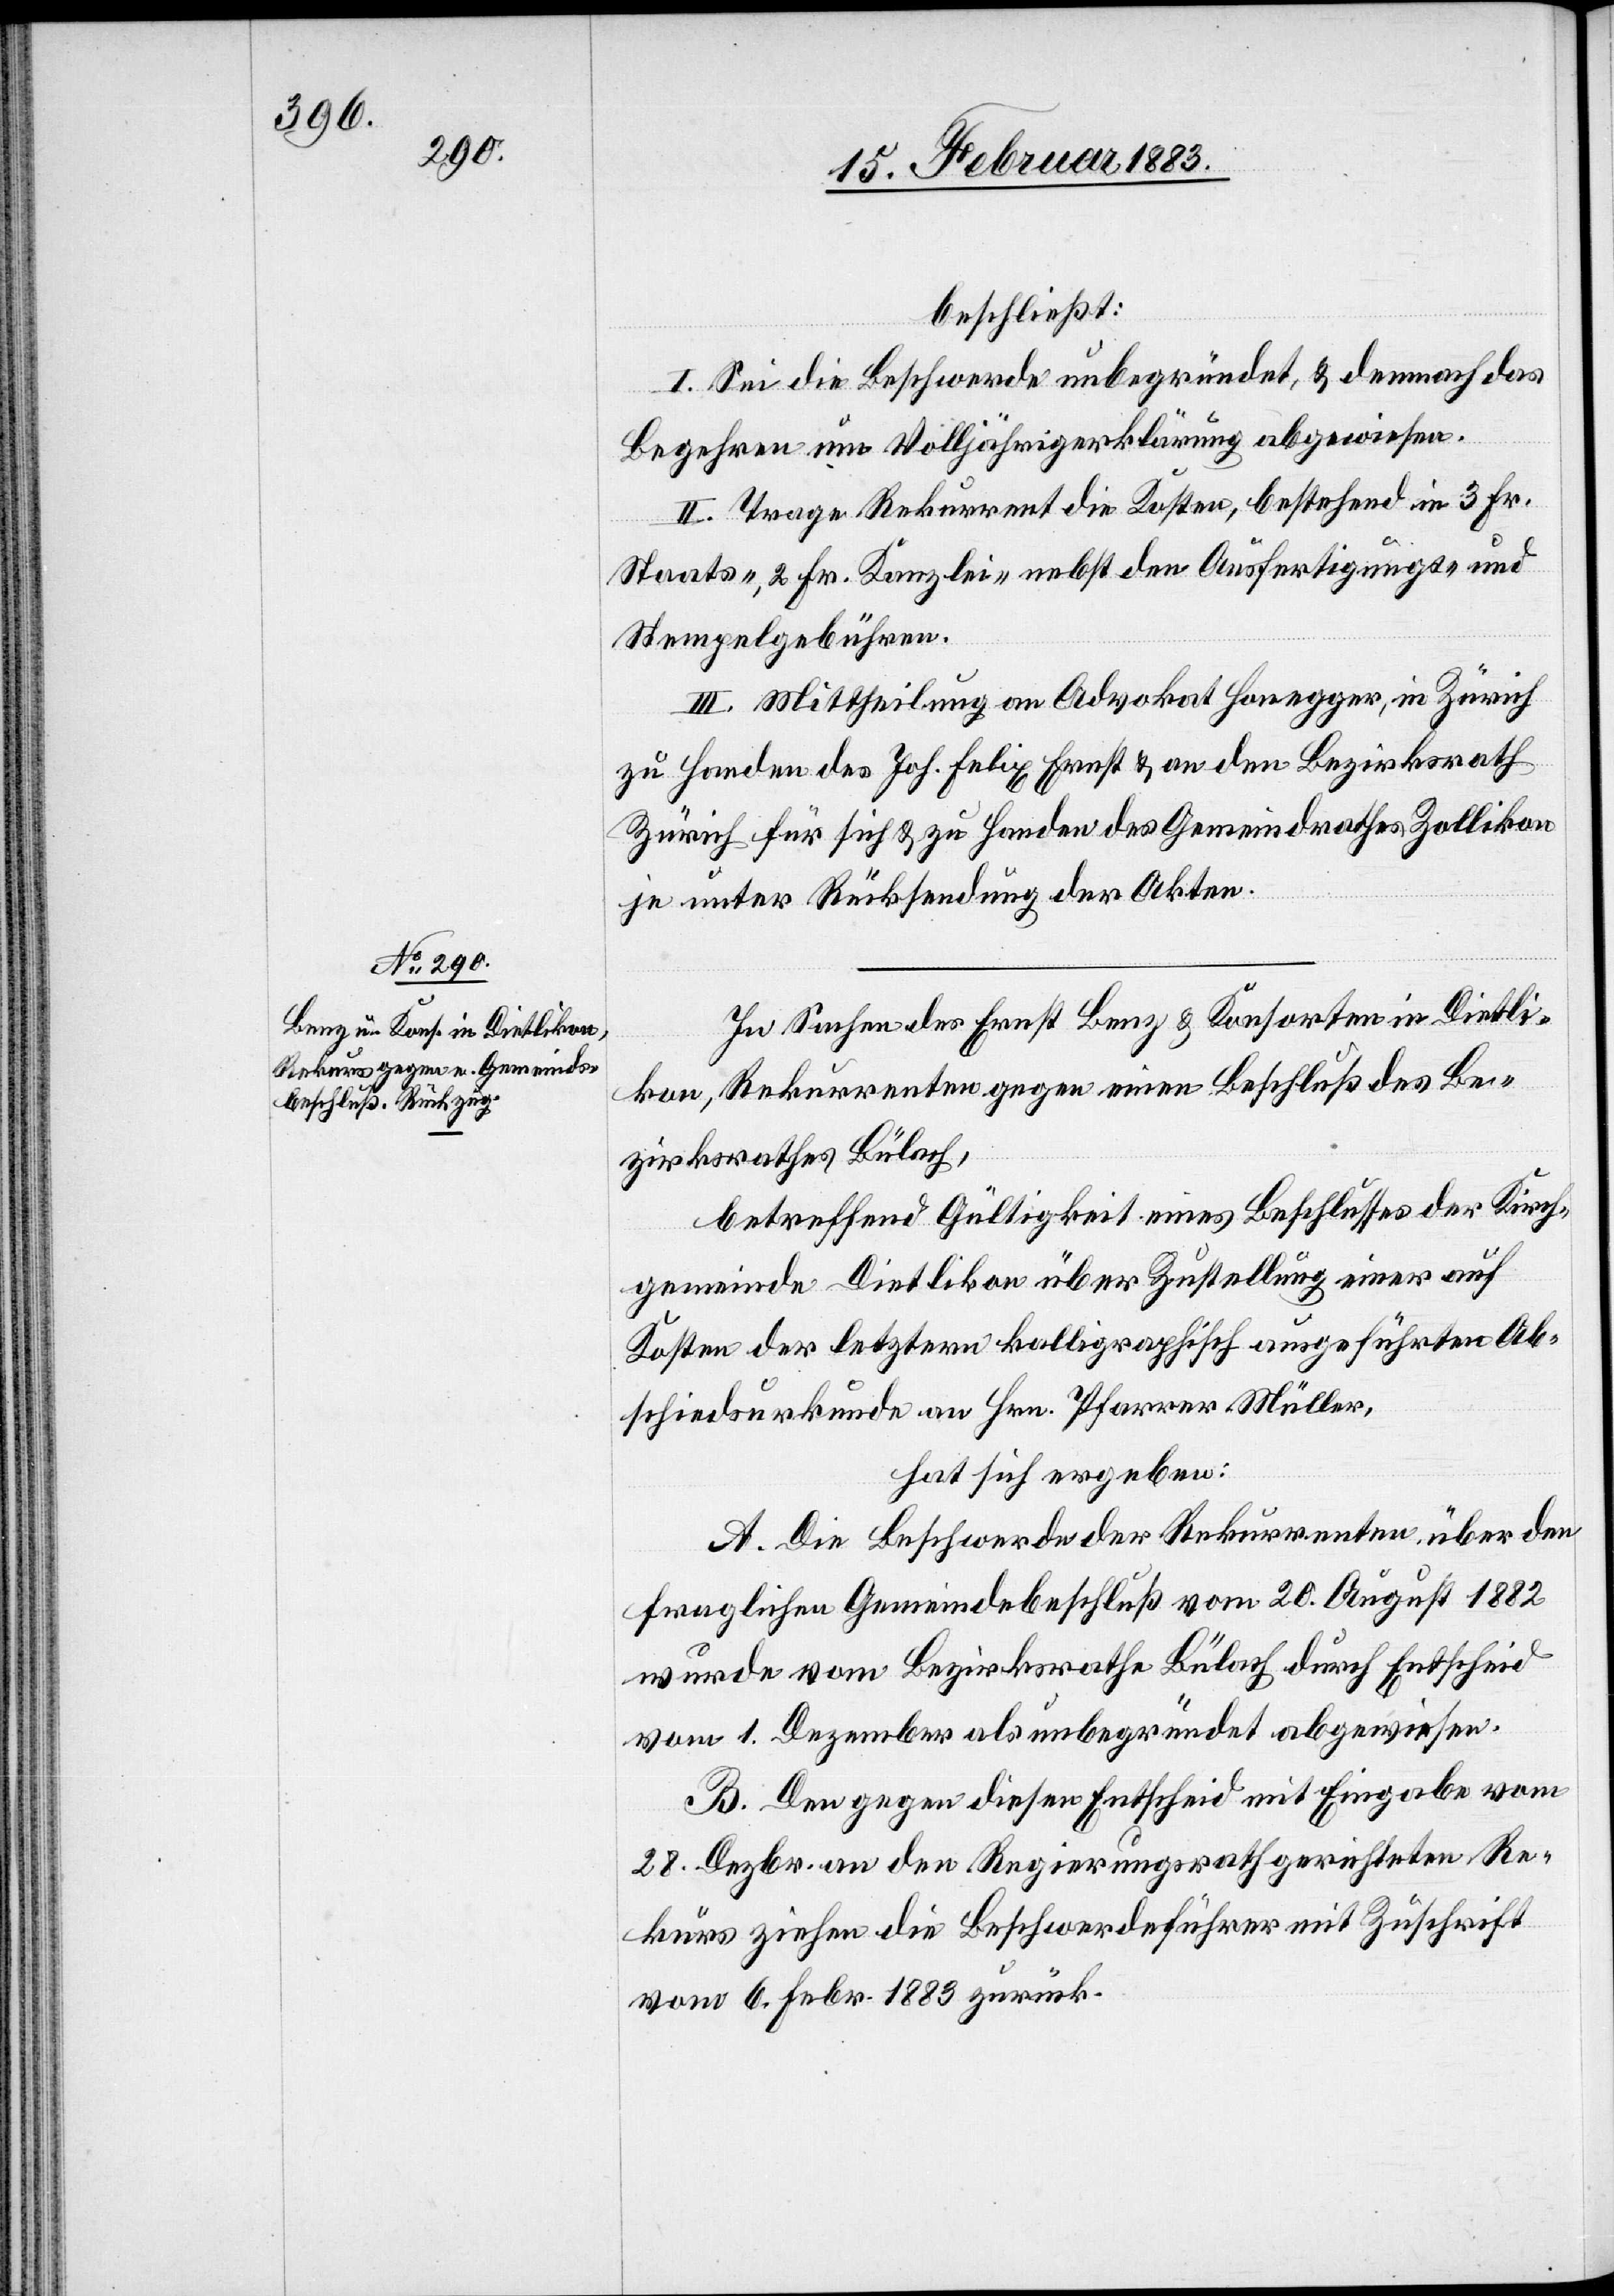
beschließt:
I. Sei die Beschwerde unbegründet, & demnach das
Begehren um Volljährigerklärung abgewiesen.
II. Trage Rekurrent die Kosten, bestehend in 3 Fr.
Staats-, 2 Fr. Kanzlei- nebst den Ausfertigungs- und
Stempelgebühren.
III. Mittheilung an Advokat Honegger, in Zürich
zu Handen des Joh. Felix Ernst & an den Bezirksrath
Zürich für sich & zu Handen des Gemeindrathes Zollikon
je unter Rücksendung der Akten.
In Sachen des Ernst Benz & Konsorten in Dietli¬
kon, Rekurrenten gegen einen Beschluß des Be¬
zirksrathes Bülach,
betreffend Gültigkeit eines Beschlusses der Kirch¬
gemeinde Dietlikon über Zustellung einer auf
Kosten der letztern kalligraphisch ausgeführten Ab¬
schiedsurkunde an Hrn. Pfarrer Müller,
hat sich ergeben:
A. Die Beschwerde der Rekurrenten über den
fraglichen Gemeindebeschluß vom 20. August 1882
wurde vom Bezirksrathe Bülach durch Entscheid
vom 1. Dezember als unbegründet abgewiesen.
B. Den gegen diesen Entscheid mit Eingabe vom
28. Dezbr. an den Regierungsrath gerichteten Re¬
kurs ziehen die Beschwerdeführer mit Zuschrift
vom 6. Febr. 1883 zurück.